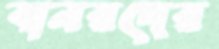
বানরদের